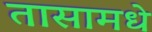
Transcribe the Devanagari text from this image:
तासामधे